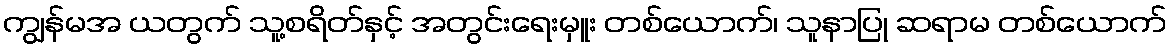
ကျွန်မအ ယတွက် သူ့စရိတ်နှင့် အတွင်းရေးမှူး တစ်ယောက်၊ သူနာပြု ဆရာမ တစ်ယောက်